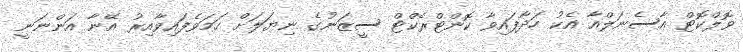
ވޮލްކޮޓް އާސެނަލްއާ އެކު ހަދާފައިވާ ކޮންޓްރެކްޓް ސީޒަނުގެ ނިޔަލަށް ހަމަވެފައިވާއިރު އޭނާ އަންނަނީ